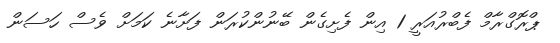
ޕްރޮގްރާމް ފެބްރުއަރީ 1 އިން ފެށިގެން ބޭނުންކުރަން ފަށާނެ ކަމަށް ވެސް ހަސަން